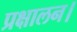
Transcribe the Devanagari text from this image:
प्रक्षालन।